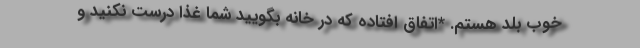
خوب بلد هستم. *اتفاق افتاده که در خانه بگویید شما غذا درست نکنید و